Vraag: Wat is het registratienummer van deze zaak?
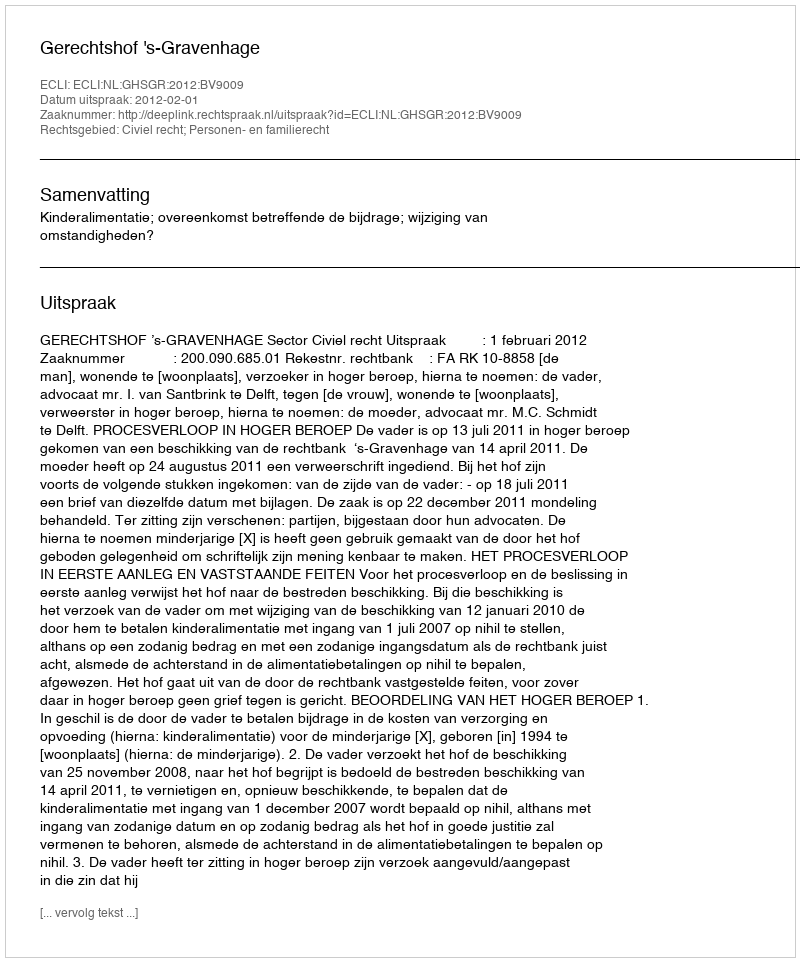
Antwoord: http://deeplink.rechtspraak.nl/uitspraak?id=ECLI:NL:GHSGR:2012:BV9009